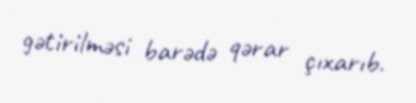
gətirilməsi barədə qərar çıxarıb.